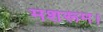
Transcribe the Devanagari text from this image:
मशरूम।